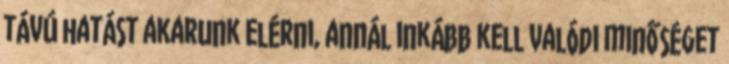
távú hatást akarunk elérni, annál inkább kell valódi minőséget